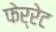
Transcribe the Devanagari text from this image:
फेर्रेट